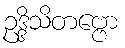
ဥဒ္ဒိသိတဗ္ဗော